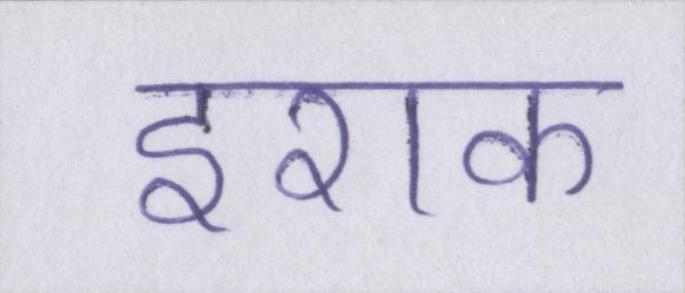
इराक